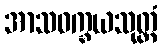
အာသဝက္ခယသုတ္တံ